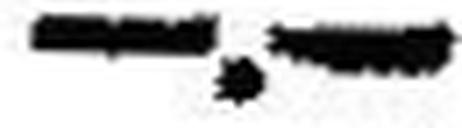
—.—